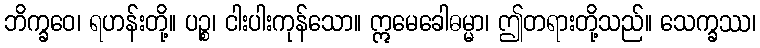
ဘိက္ခဝေ၊ ရဟန်းတို့။ ပဉ္စ၊ ငါးပါးကုန်သော။ ဣမေခေါဓမ္မာ၊ ဤတရားတို့သည်။ သေက္ခဿ၊